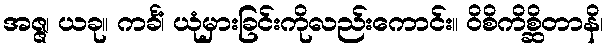
အဇ္ဇ၊ ယခု။ ကင်္ခံ၊ ယုံမှားခြင်းကိုလည်းကောင်း။ ဝိစိကိစ္ဆိတာနိ၊